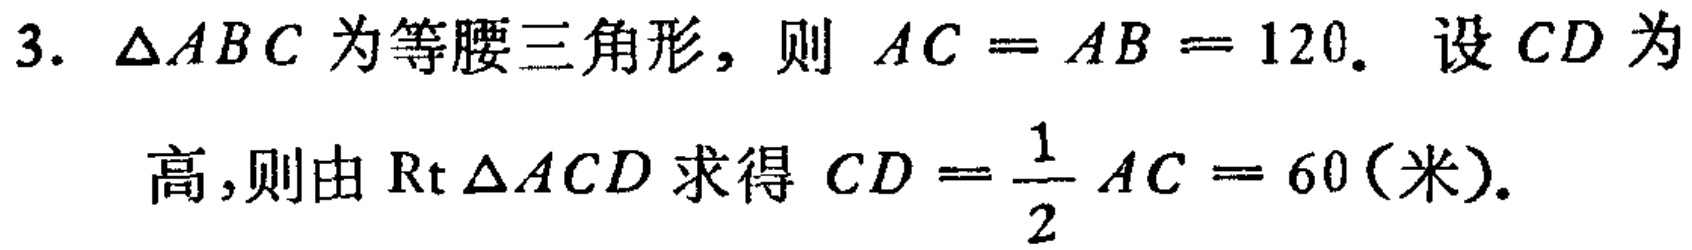
3. $\triangle ABC$ 为等腰三角形，则 $AC = AB = 120$. 设 $CD$ 为
高,则由 $\mathrm{Rt} \triangle ACD$ 求得 $CD = \dfrac{1}{2} AC = 60$(米).